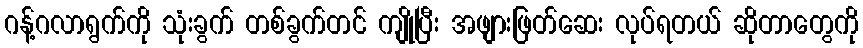
ဂန့်ဂလာရွက်ကို သုံးခွက် တစ်ခွက်တင် ကျိုပြီး အဖျားဖြတ်ဆေး လုပ်ရတယ် ဆိုတာတွေကို